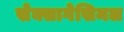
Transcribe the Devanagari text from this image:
सेक्सागेसिमल